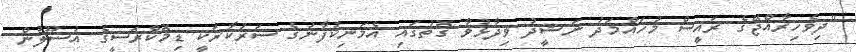
"ދިވެހިރާއްޖޭގެ ރައީސް މުހައްމަދު ނަޝީދު ވިދާޅުވާ ގޮތުގައި އެމަނިކުފާނުގެ ސަރުކާރަކީ ޑިމޮކްރަސީގެ އުސޫލުން